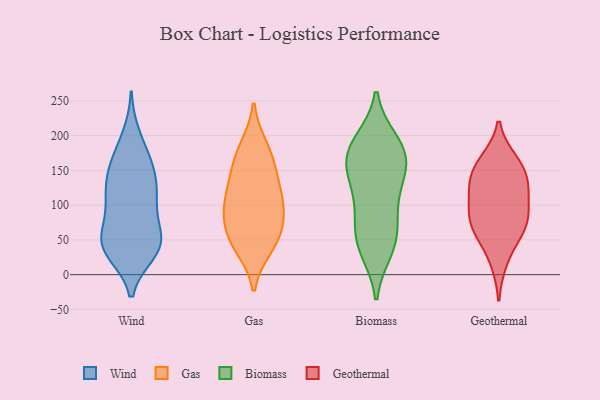
{"axis": {"x": "Page Views", "y": "Value"}, "legend": ["Biomass", "Gas", "Geothermal", "Wind"], "data": [{"x": "", "y": 36, "type": "Wind"}, {"x": "", "y": 144, "type": "Wind"}, {"x": "", "y": 101, "type": "Wind"}, {"x": "", "y": 33, "type": "Wind"}, {"x": "", "y": 43, "type": "Wind"}, {"x": "", "y": 106, "type": "Wind"}, {"x": "", "y": 39, "type": "Wind"}, {"x": "", "y": 111, "type": "Wind"}, {"x": "", "y": 55, "type": "Wind"}, {"x": "", "y": 166, "type": "Wind"}, {"x": "", "y": 172, "type": "Wind"}, {"x": "", "y": 199, "type": "Wind"}, {"x": "", "y": 144, "type": "Wind"}, {"x": "", "y": 47, "type": "Wind"}, {"x": "", "y": 108, "type": "Wind"}, {"x": "", "y": 44, "type": "Wind"}, {"x": "", "y": 137, "type": "Wind"}, {"x": "", "y": 59, "type": "Wind"}, {"x": "", "y": 122, "type": "Gas"}, {"x": "", "y": 39, "type": "Gas"}, {"x": "", "y": 147, "type": "Gas"}, {"x": "", "y": 184, "type": "Gas"}, {"x": "", "y": 100, "type": "Gas"}, {"x": "", "y": 66, "type": "Gas"}, {"x": "", "y": 150, "type": "Gas"}, {"x": "", "y": 96, "type": "Gas"}, {"x": "", "y": 45, "type": "Gas"}, {"x": "", "y": 51, "type": "Gas"}, {"x": "", "y": 107, "type": "Gas"}, {"x": "", "y": 177, "type": "Gas"}, {"x": "", "y": 81, "type": "Gas"}, {"x": "", "y": 192, "type": "Biomass"}, {"x": "", "y": 139, "type": "Biomass"}, {"x": "", "y": 35, "type": "Biomass"}, {"x": "", "y": 153, "type": "Biomass"}, {"x": "", "y": 121, "type": "Biomass"}, {"x": "", "y": 41, "type": "Biomass"}, {"x": "", "y": 65, "type": "Biomass"}, {"x": "", "y": 190, "type": "Biomass"}, {"x": "", "y": 95, "type": "Biomass"}, {"x": "", "y": 44, "type": "Biomass"}, {"x": "", "y": 151, "type": "Biomass"}, {"x": "", "y": 181, "type": "Biomass"}, {"x": "", "y": 177, "type": "Biomass"}, {"x": "", "y": 163, "type": "Biomass"}, {"x": "", "y": 82, "type": "Biomass"}, {"x": "", "y": 100, "type": "Geothermal"}, {"x": "", "y": 70, "type": "Geothermal"}, {"x": "", "y": 20, "type": "Geothermal"}, {"x": "", "y": 72, "type": "Geothermal"}, {"x": "", "y": 154, "type": "Geothermal"}, {"x": "", "y": 61, "type": "Geothermal"}, {"x": "", "y": 122, "type": "Geothermal"}, {"x": "", "y": 133, "type": "Geothermal"}, {"x": "", "y": 153, "type": "Geothermal"}, {"x": "", "y": 163, "type": "Geothermal"}, {"x": "", "y": 113, "type": "Geothermal"}, {"x": "", "y": 75, "type": "Geothermal"}]}